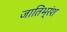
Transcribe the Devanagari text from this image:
जातिभ्रंश